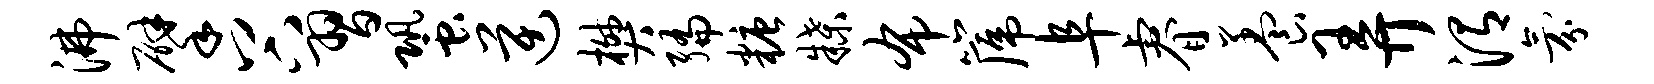
沸擘谷习蛩逆樊编糖牒布篪阜睿养弄渭氛